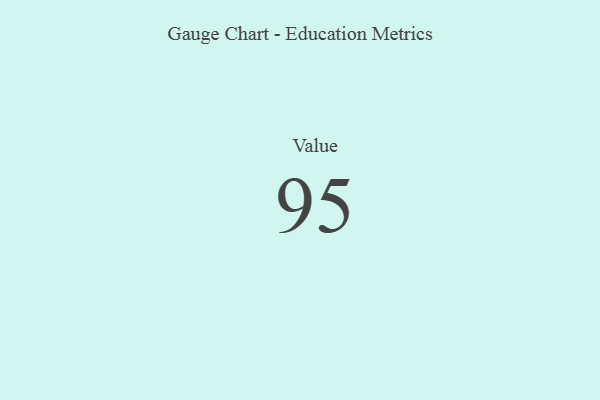
{"axis": {"x": "Metric", "y": "Value"}, "legend": [""], "data": [{"x": "Value", "y": 95, "type": ""}]}